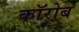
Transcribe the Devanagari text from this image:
कॉरोब